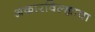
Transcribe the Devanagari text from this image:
अकारविल्ह्याचा